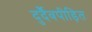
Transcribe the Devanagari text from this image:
दुर्दैवपीड़ित